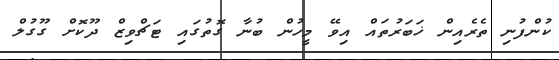
ކުންފުނި ތެރެއިން ޚަބަރުތައް އިވޭ މީހުން ބުނާ ގޮތުގައި ޓަޗްވިޒް ދޫކޮށް ގޫގުލް